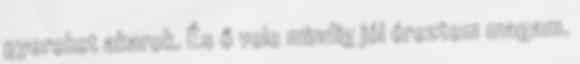
gyereket akarok. És ő vele mindig jól éreztem magam.